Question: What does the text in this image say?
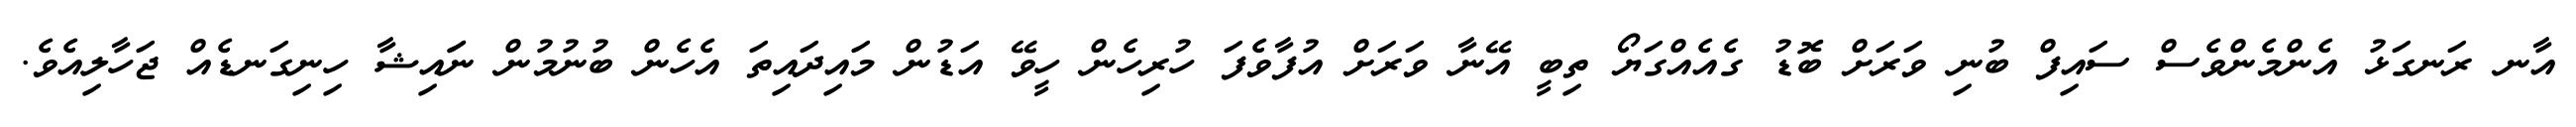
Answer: އާނ ރަނގަޅު އެންމެންވެސް ސައިފް ބުނި ވަރަށް ބޮޑު ގެއެއްގަޔޯ ތިބީ އޭނާ ވަރަށް އުފާވެފަ ހުރިހެން ހީވޭ އަޑުން މައިދައިތަ އެހެން ބުނުމުން ނަައިޝާ ހިނިގަނޑެއް ޖަހާލިއެވެ.